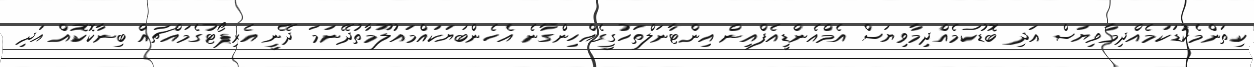
ކިތަންމެކުޑަކަމެއްދިމާވިޔަސް އަދި ބޮޑުކަމެއްދިމާވިޔަސް އެމްއެންޑީއެފްއިން އިންޓާނަލްތަހުގީގެއްހިންގާނެ އެހެންބަޔަކައްމައުލޫމާތުދޭނަމަ ދޭނީ އެރިޕޯޓުގެމައްޗައް ބިނާކޮކޮއް އަދި